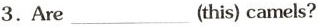
3.Are ___ (this) camels?